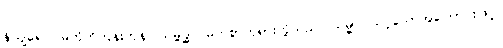
နိယျရေ၁၊ မတိုက်တွန်းကုန်။ သမ္ဗုဒ္ဓါ၊ မြတ်စွာဘုရားတို့သည်။ သမ္မာ၊ သင့်သောအကြောင်းဖြင့်။